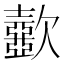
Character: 𣤼